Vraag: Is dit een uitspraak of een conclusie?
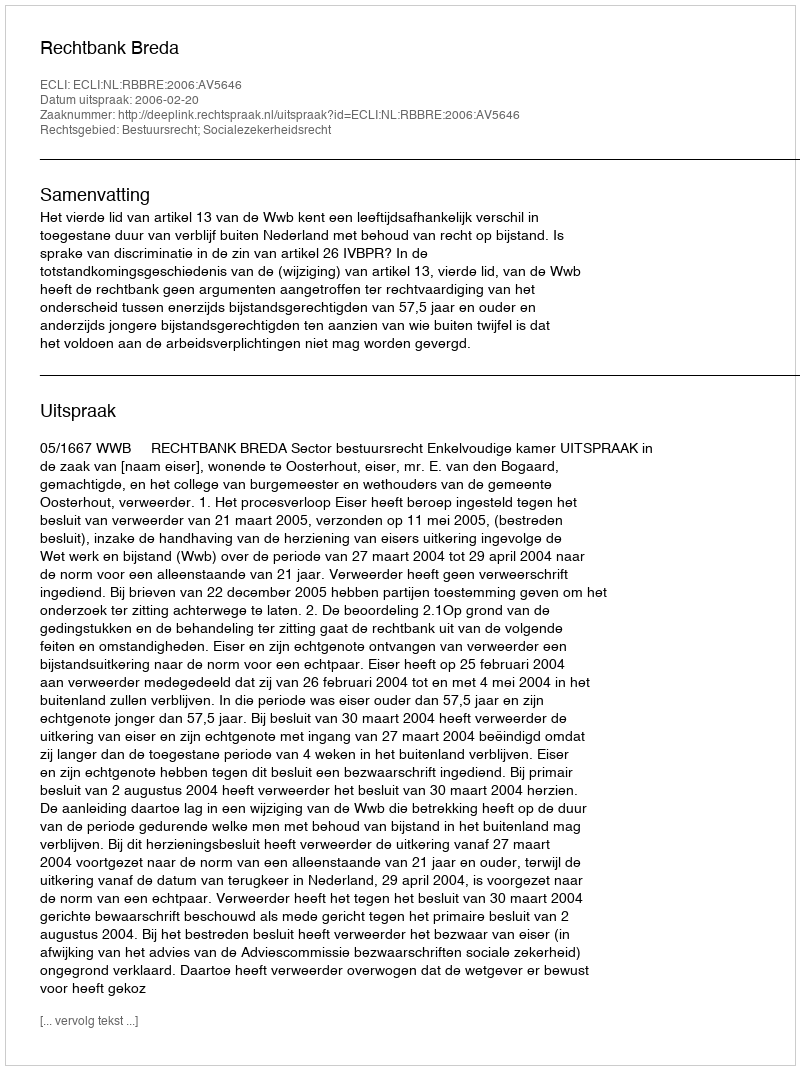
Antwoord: Uitspraak